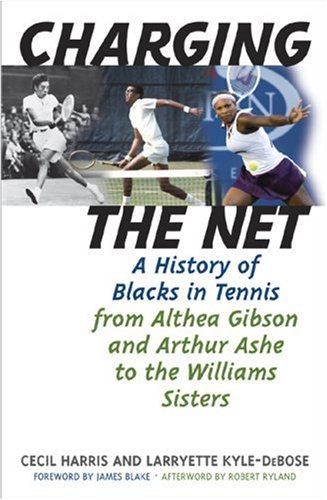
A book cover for Charging the Net: A History of Blacks in Tennis from Althea Gibson and Arthur Ashe to the Williams Sisters; Cecil Harris; Sports & Outdoors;